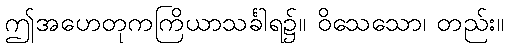
ဤအဟေတုကကြိယာသင်္ခါရ၌။ ဝိသေသော၊ တည်း။